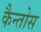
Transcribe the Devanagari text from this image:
कैन्तोस